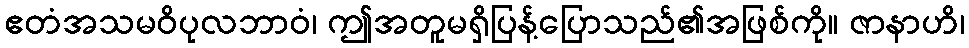
ဧတံအသမဝိပုလဘာဝံ၊ ဤအတူမရှိပြန့်ပြောသည်၏အဖြစ်ကို။ ဇာနာဟိ၊